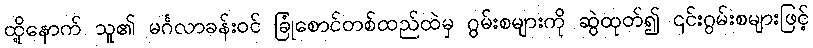
ထို့နောက် သူ၏ မင်္ဂလာခန်းဝင် ခြုံစောင်တစ်ထည်ထဲမှ ဂွမ်းစများကို ဆွဲထုတ်၍ ၎င်းဂွမ်းစများဖြင့်